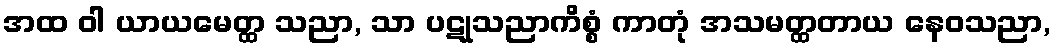
အထ ဝါ ယာယမေတ္ထ သညာ, သာ ပဋုသညာကိစ္စံ ကာတုံ အသမတ္ထတာယ နေဝသညာ,